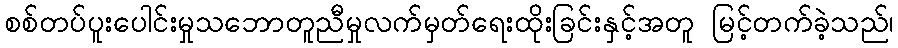
စစ်တပ်ပူးပေါင်းမှုသဘောတူညီမှုလက်မှတ်ရေးထိုးခြင်းနှင့်အတူ မြင့်တက်ခဲ့သည်၊